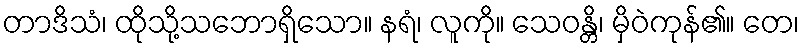
တာဒိသံ၊ ထိုသို့သဘောရှိသော။ နရံ၊ လူကို။ သေဝန္တိ၊ မှိဝဲကုန်၏။ တေ၊